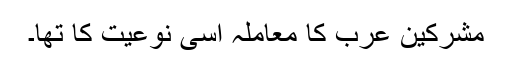
مشرکین عرب کا معاملہ اسی نوعیت کا تھا۔